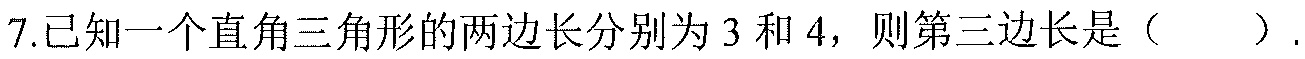
7.已知一个直角三角形的两边长分别为 \(3\) 和 \(4\)，则第三边长是（  ）.